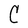
Character: C